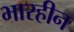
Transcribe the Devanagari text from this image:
भारहीन